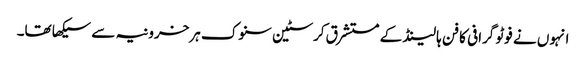
انہوں نے فوٹو گرافی کا فن ہالینڈ کے مستشرق کرسٹین سنوک ہرخرونیہ سے سیکھا تھا۔